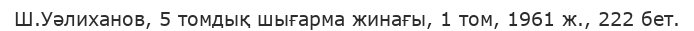
Ш.Уәлиханов, 5 томдық шығарма жинағы, 1 том, 1961 ж., 222 бет.